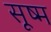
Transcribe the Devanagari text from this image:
सूष्म